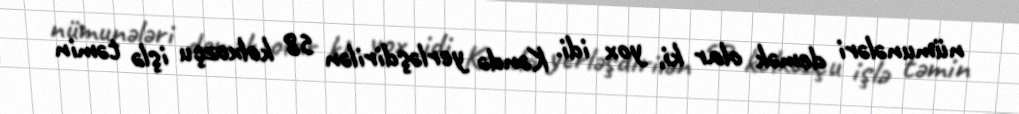
nümunələri demək olar ki, yox idi. Kəndə yerləşdirilən 58 kolxozçu işlə təmin